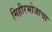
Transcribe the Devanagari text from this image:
मिहीरभोजाचा